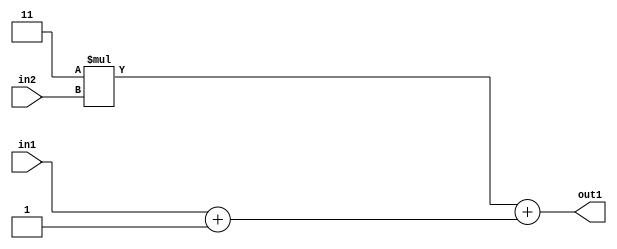
`timescale 1ps / 1ps
/*****************************************************************************
    Verilog RTL Description
    
    
    Created by: Stratus DpOpt 2019.1.01 
*******************************************************************************/

module DC_Filter_Add2Add2i1u1Mul2i3u2_1 (
	in2,
	in1,
	out1
	); /* architecture "behavioural" */ 
input [1:0] in2;
input  in1;
output [3:0] out1;
wire [3:0] asc001;
wire [2:0] asc003;

assign asc003 = 
	+(in1)
	+(3'B001);

wire [3:0] asc001_tmp_0;
assign asc001_tmp_0 = 
	+(4'B0011 * in2);
assign asc001 = asc001_tmp_0
	+({asc003[2], asc003});

assign out1 = asc001;
endmodule

/* CADENCE  uLX2SQs= : u9/ySgnWtBlWxVPRXgAZ4Og= ** DO NOT EDIT THIS LINE ******/